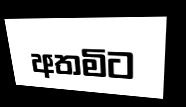
අතමිට